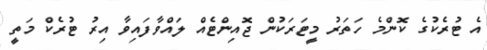
އެ ޓުރެކުގެ ކޮންމެ ހަތަރު މީޓަރަކުން ޖޮއިންޓެއް ލައްވާފައިވާ އިރު ޓުރެކް މަތީ